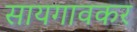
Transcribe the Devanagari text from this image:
सायगावकर